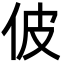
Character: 佊